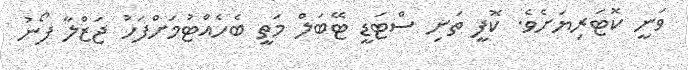
ވަނީ ކޮޓަރިޔަށެވެ. ކޮފީ ތަށި ސްޓަޑީ ޓޭބަލް މަތީ ބެހެއްޓުމަށްފަހު ޖަޒްލާ ފޯނު